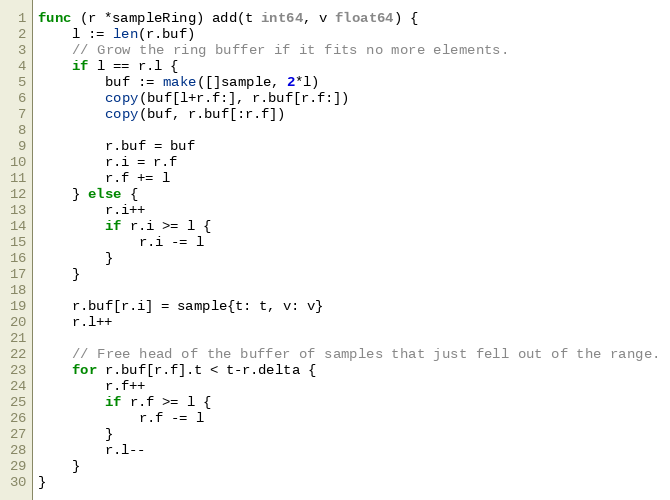
Language: Go
func (r *sampleRing) add(t int64, v float64) {
	l := len(r.buf)
	// Grow the ring buffer if it fits no more elements.
	if l == r.l {
		buf := make([]sample, 2*l)
		copy(buf[l+r.f:], r.buf[r.f:])
		copy(buf, r.buf[:r.f])

		r.buf = buf
		r.i = r.f
		r.f += l
	} else {
		r.i++
		if r.i >= l {
			r.i -= l
		}
	}

	r.buf[r.i] = sample{t: t, v: v}
	r.l++

	// Free head of the buffer of samples that just fell out of the range.
	for r.buf[r.f].t < t-r.delta {
		r.f++
		if r.f >= l {
			r.f -= l
		}
		r.l--
	}
}